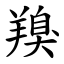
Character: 䍹